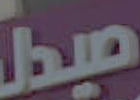
صيدل